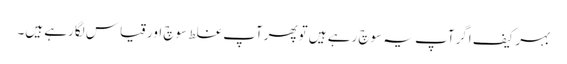
بہرکیف اگرآپ یہ سوچ رہے ہیں توپھرآپ غلط سوچ اورقیاس لگارہے ہیں۔